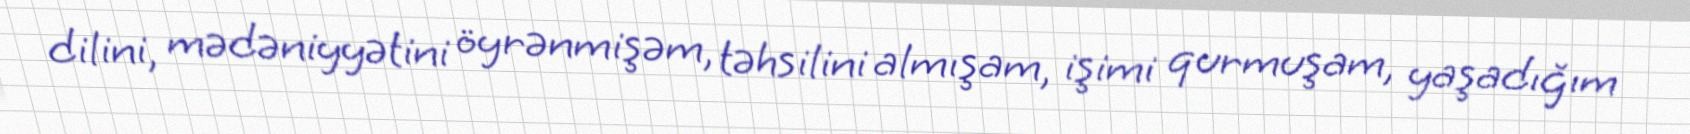
dilini, mədəniyyətini öyrənmişəm, təhsilini almışam, işimi qurmuşam, yaşadığım